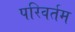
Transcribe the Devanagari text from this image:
परिवर्तम